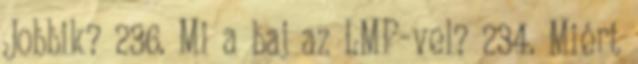
Jobbik? 236. Mi a baj az LMP-vel? 234. Miért